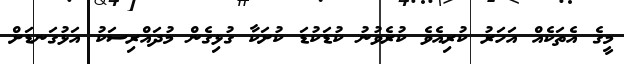
މީގެ އެތަކެއް އަހަރު ކުރިއެވެ ކުރެވުނު ކުޑަކުޑަ ކުށަކާ ގުޅިގެން މުދައްރިސަކު އަޅުގަނޑަށް